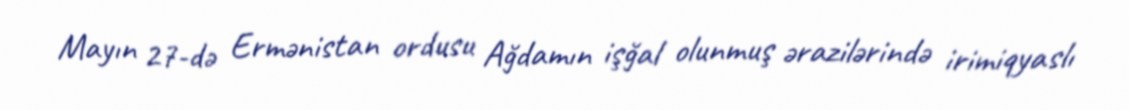
Mayın 27-də Ermənistan ordusu Ağdamın işğal olunmuş ərazilərində irimiqyaslı